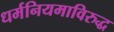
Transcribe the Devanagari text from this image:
धर्मनियमाविरुद्ध